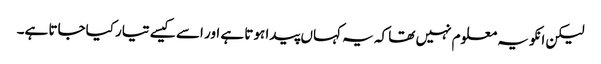
لیکن انکو یہ معلوم نہیں تھا کہ یہ کہاں پیدا ہوتا ہے اور اسے کیسے تیار کیاجاتا ہے۔